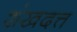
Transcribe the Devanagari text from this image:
शंखदत्त